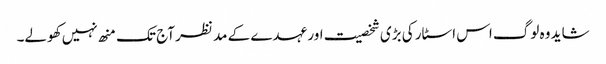
شاید وہ لوگ اس اسٹار کی بڑی شخصیت اور عہدے کے مد نظر آج تک منھ نہیں کھولے۔